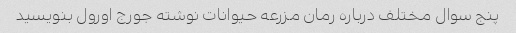
پنج سوال مختلف درباره رمان مزرعه حیوانات نوشته جورج اورول بنویسید